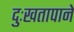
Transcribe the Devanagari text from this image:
दुःखतापाने